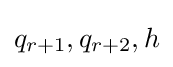
q_{r+1},q_{r+2},h